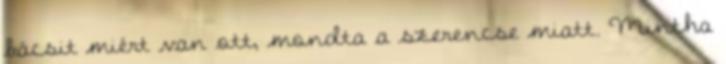
bácsit miért van ott, mondta a szerencse miatt. Mintha